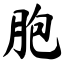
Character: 胞